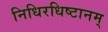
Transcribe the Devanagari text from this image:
निधिरधिष्टानम्